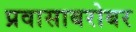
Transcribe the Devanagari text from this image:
प्रवासाबरोबर